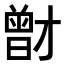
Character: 𭨟